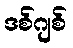
ဒစ်ဂျစ်